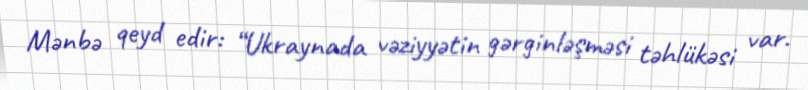
Mənbə qeyd edir: “Ukraynada vəziyyətin gərginləşməsi təhlükəsi var.